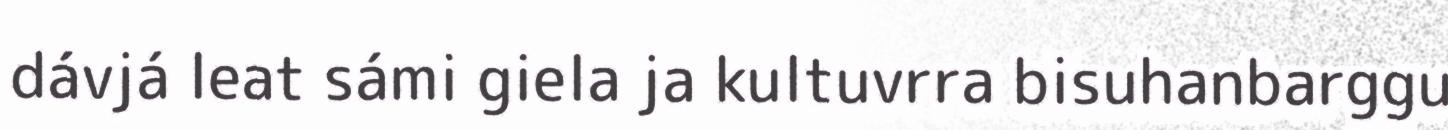
dávjá leat sámi giela ja kultuvrra bisuhanbarggu